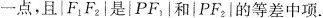
一点，且|F_{1}F_{2}|是|PF_{1}|和|PF_{2}|的等差中项.